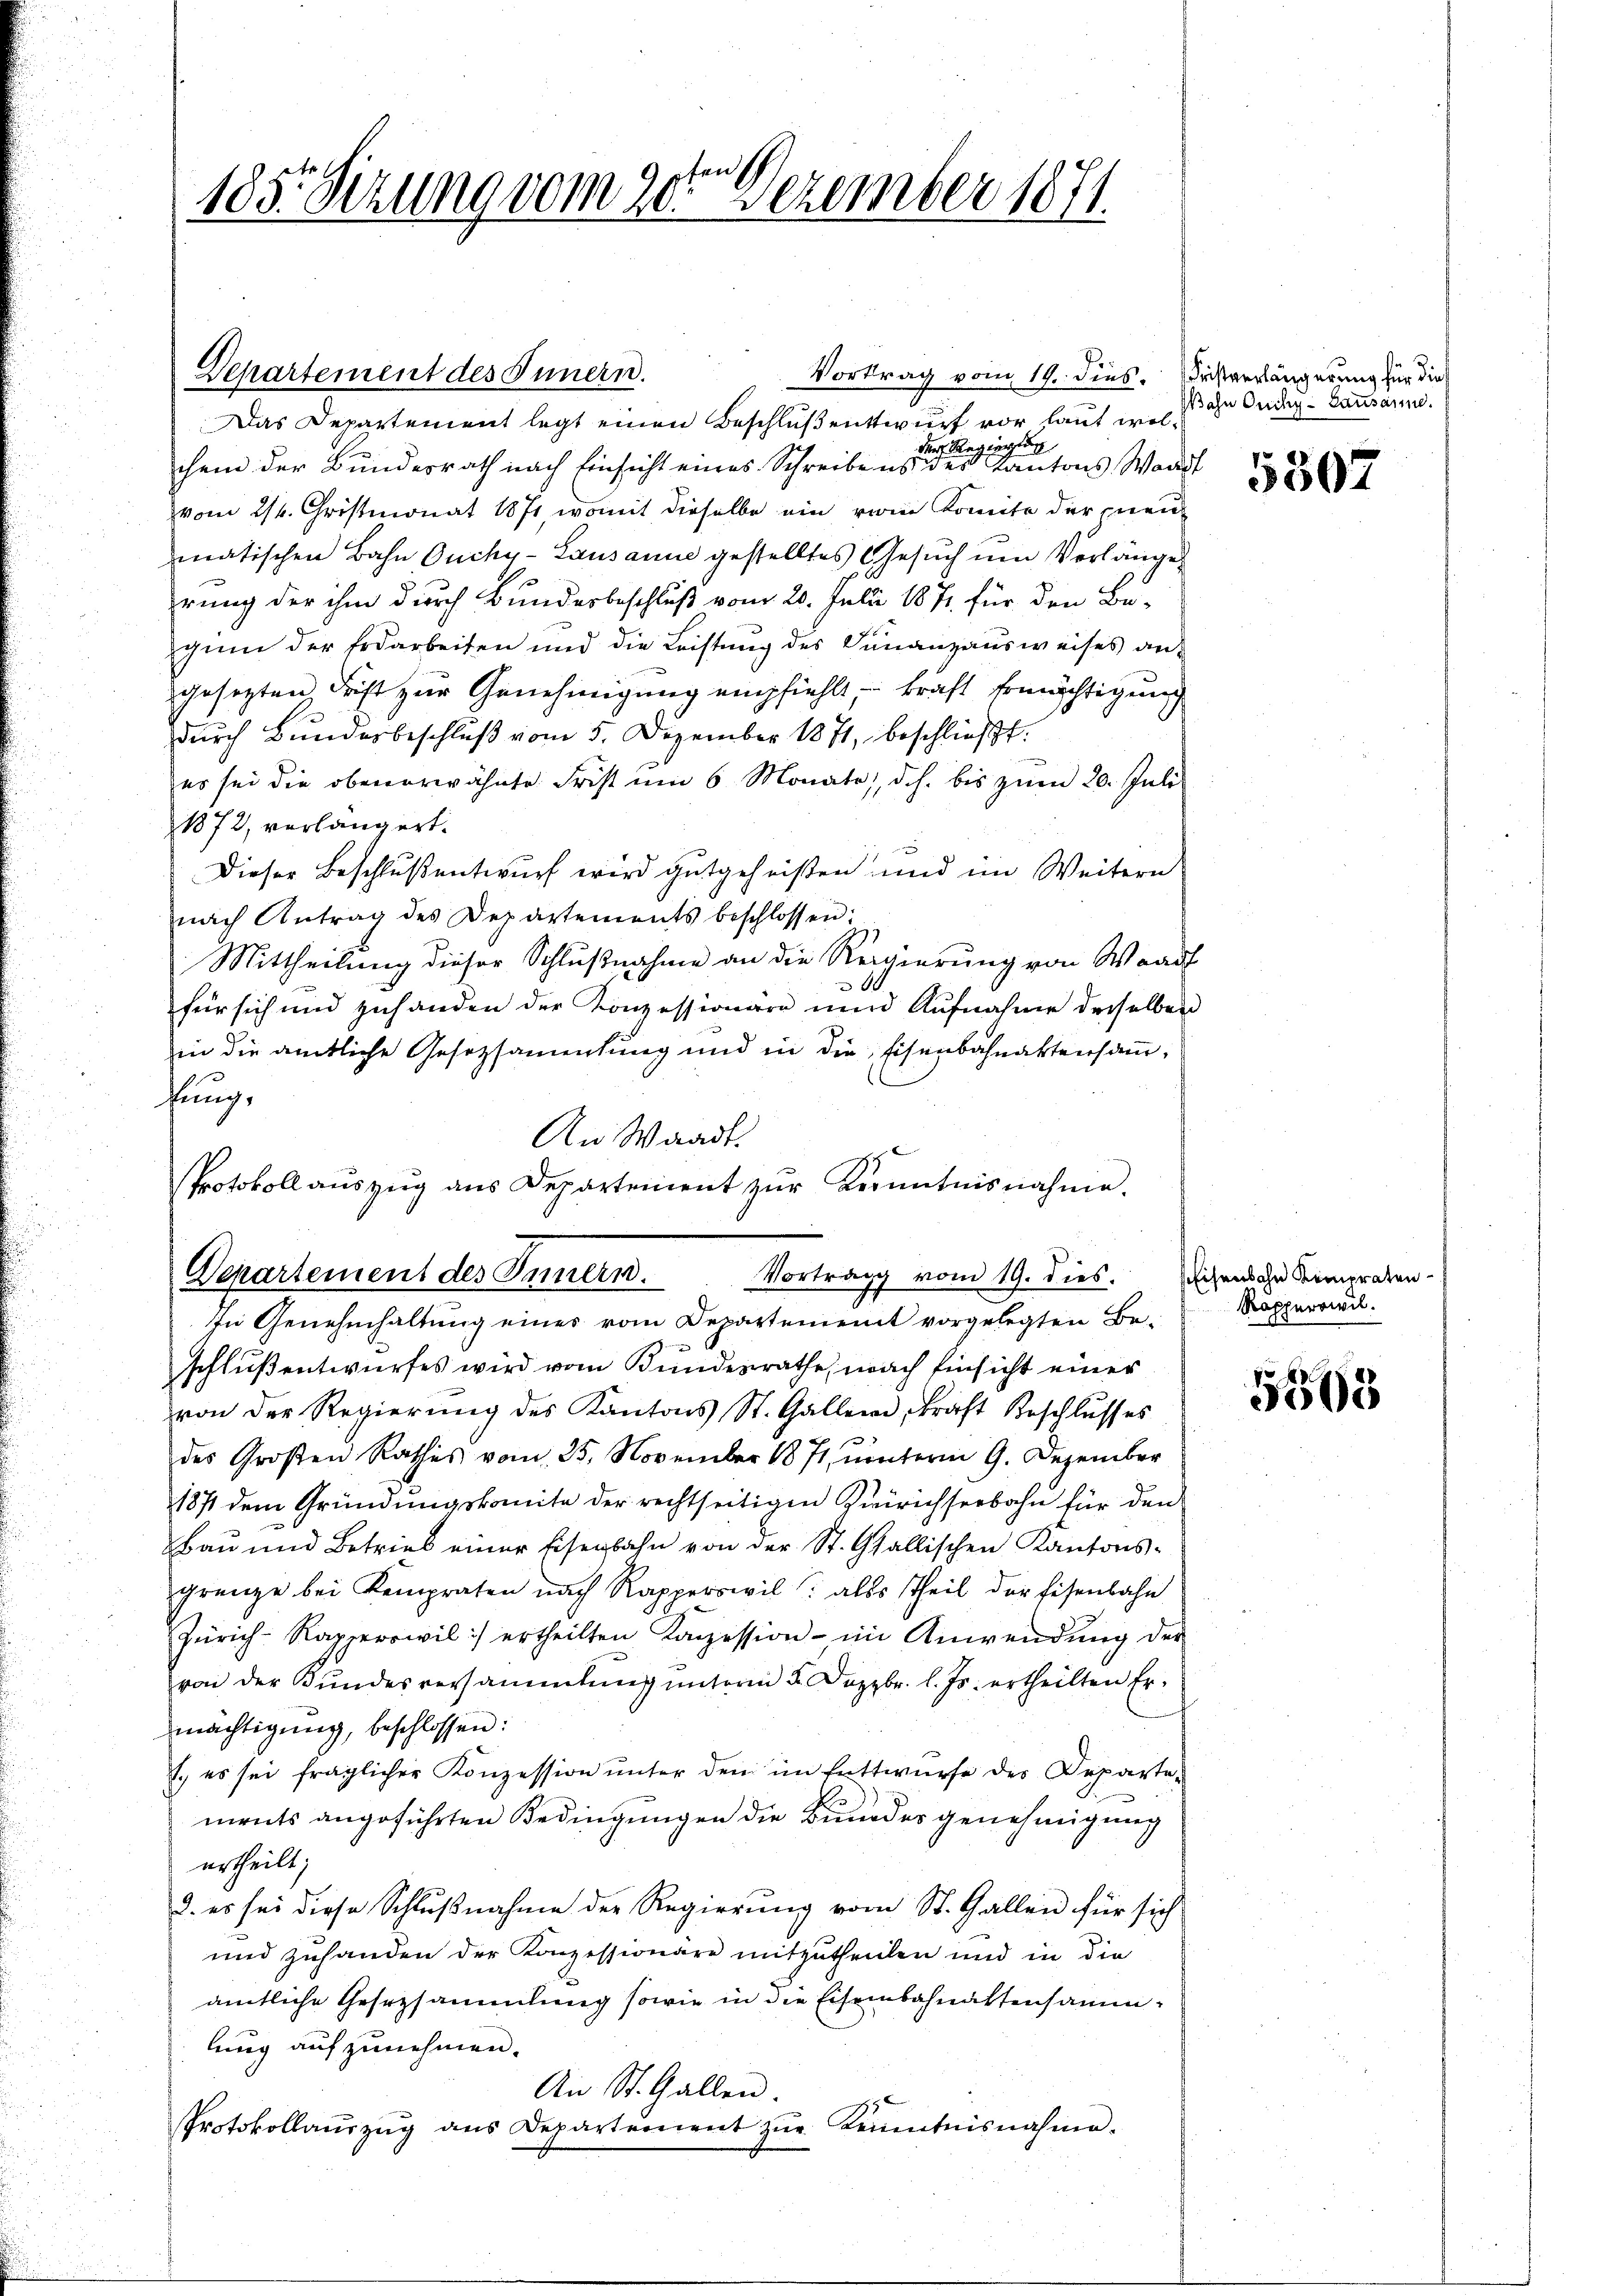
185. Sitzung vom 20te͇n Dezember 1871.

Vortrag vom 19. dies. Fristverlängerung für die
Das Departement legt einen Beschluß entwurf vor laut wolgütung
Fr.
chem der Bundesrath nach Einsicht eines Schreibens des Kantons Waadt
vom 24. Christmonat 1871 womit dieselbe ein vom konnte der Inen
matischen Bahn Ouchy- Lausanne gestelltes Gesuch um Vorlänge
rung der ihm durch Bundesbeschluß vom 20. Juli 1871 für den Be-
gin der Erdarbeiten und die Leistung des Finanzausweises an-
gesezten Frist zur Genehmigung empfiehlt - kraft Ermächtigung
durch Bundesbeschluß vom 5. Dezember 1871, beschließt:
es sei die obenerwähnte Frist um 6 Monate, d.h. bis zŭm 20. Juli
1872, verlängert.
Dieser Beschluß entwurf wird gutgeheißen und im Weitern
nach Antrag des Departements beschlossen:
Mittheilung dieser Schlußnahme an die Regierung von Waadt
.
für sich und zuhanden der Konzessionäre und Aufnahme derselben
in die amtliche Gesetzsamentung und in die Eisenbahnaktensamkung,
An Waadt.
Protokoll aŭszŭg ans Departement zŭr Kenntnisnahme.

Departement des Innern.

Departement des Innern.
Vortrag vom 19. dies.

In Genehmhaltung eines vom Departement vorgelegten Beschluß entwurfes wird vom Bundesrathe, nach Einsicht einer
von der Regierŭng des Kantons St. Gallen, Kraft Beschlŭsses
des Großen Rathes vom 25. November 1871, ŭnterm 9. Dezember
187 dem Gründungskomite der rechtseitigen Zürichseebahn für den
Bau und Betrieb einer Eisenbahn von der St. Gallischen Kantonsgrenze bei Kempraten nach Rapperswil: alls theil der Eisenbahn
Zürich-Rapperswil :/ ertheilten Konzession im Anwendŭng der
von der Bŭndesversammlŭng ŭnterm 5. Dezbr. l. Js. ertheilten Er-
mächtigung, beschlossen:
1. es sei fraglicher Konzession ŭnter den im Entwurfe des Departe-
ments angeführten Bedingungen die Bundes genehmigung
urtheilt;
2. es sei diese Schlußnahme der Regierung vom St. Gallen für sich
und zuhanden der Konzessionäre mitzutheillen und in die
amtliche Gesezsammlung sowie in die Eisenbahnattensammlung aufzunehmen.
An St. Gallen.

Protokollaŭszŭg ans Departement zŭr Kenntnisnahme.

Wahn Ouchy-Lausanne.

5507

seisenbahn Kempraten
Rapperswil.

5568